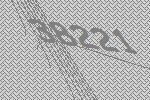
38221